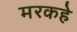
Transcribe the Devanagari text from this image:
मरकहे